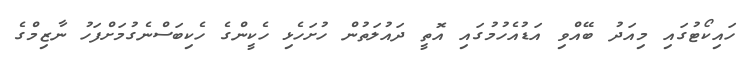
ހައިކޯޓުގައި މިއަދު ބޭއްވި އަޑުއެހުމުގައި އޮތީ ދައުލަތުން ހުށަހެޅި ހެކީންގެ ހެކިބަސްނެގުމަށްފަހު ނާޒިމްގެ